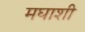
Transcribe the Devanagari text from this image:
मघाशी